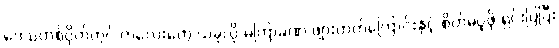
ဒေသတစ်ဝိုက်တွင် ကလေးတွေ ယခုလို မကြာခဏ ဖျားတတ်ကြောင်းနှင့် စိတ်မပူဖို ရှင်းပြပြီး